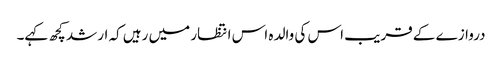
دروازے کے قریب اس کی والدہ اس انتظار میں رہیں کہ ارشد کچھ کہے۔